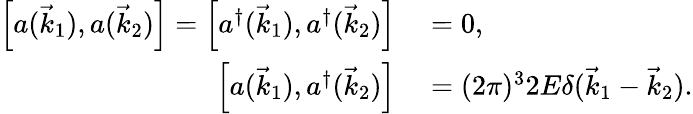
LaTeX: \begin{array}{rl}{\left[a({\vec{k}}_{1}),a({\vec{k}}_{2})\right]=\left[a^{\dagger}({\vec{k}}_{1}),a^{\dagger}({\vec{k}}_{2})\right]}&{{}=0,}\\ {\left[a({\vec{k}}_{1}),a^{\dagger}({\vec{k}}_{2})\right]}&{{}=(2\pi)^{3}2E\delta({\vec{k}}_{1}-{\vec{k}}_{2}).}\end{array}